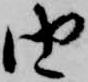
由